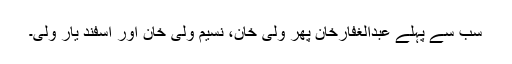
سب سے پہلے عبدالغفارخان پھر ولی خان، نسیم ولی خان اور اسفند یار ولی۔